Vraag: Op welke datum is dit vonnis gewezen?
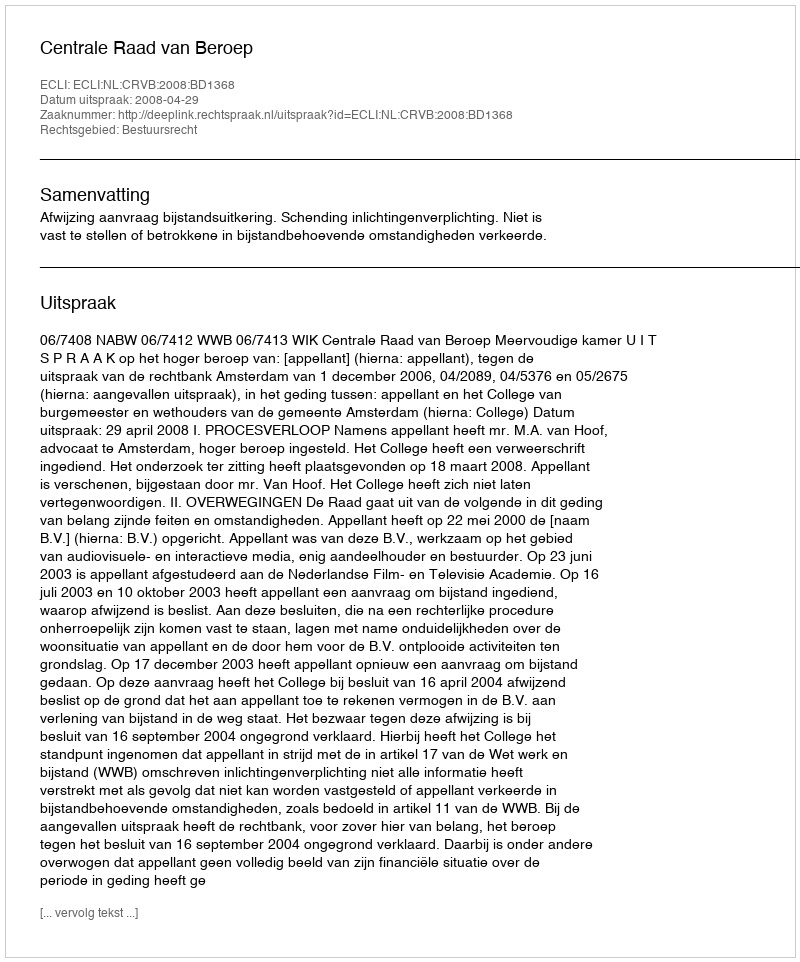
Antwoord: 2008-04-29